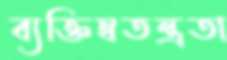
ব্যক্তিস্বতন্ত্রতা